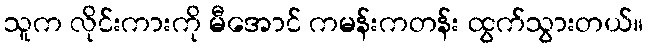
သူက လိုင်းကားကို မီအောင် ကမန်းကတန်း ထွက်သွားတယ်။